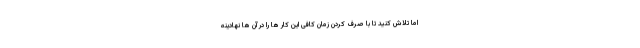
اما تلاش کنید تا با صرف کردن زمان کافی این کار ها را در آن ها نهادینه